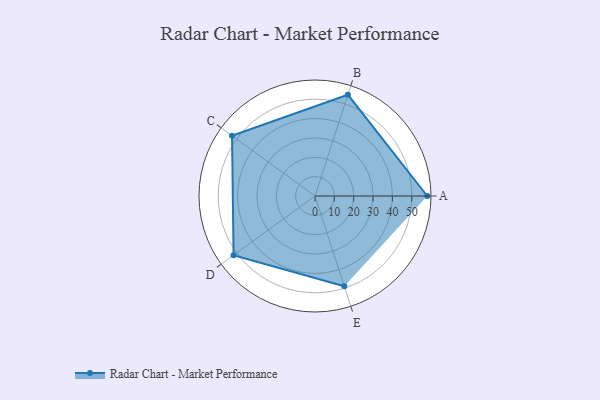
{"axis": {"x": "Skill", "y": "Score"}, "legend": ["Profile"], "data": [{"x": "A", "y": 58.0, "type": "Profile"}, {"x": "B", "y": 55.0, "type": "Profile"}, {"x": "C", "y": 53.0, "type": "Profile"}, {"x": "D", "y": 52.0, "type": "Profile"}, {"x": "E", "y": 49.0, "type": "Profile"}]}